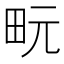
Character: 𪽊